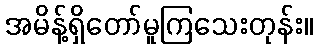
အမိန့်ရှိတော်မူကြသေးတုန်း။